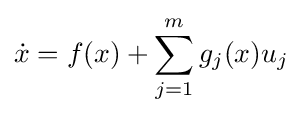
{\dot {x}}=f(x)+\sum _{j=1}^{m}g_{j}(x)u_{j}